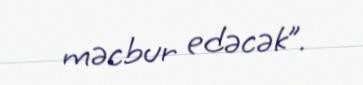
məcbur edəcək”.